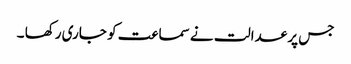
جس پر عدالت نے سماعت کو جاری رکھا ۔